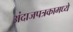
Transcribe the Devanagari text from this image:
अंदाजपत्रकामध्ये